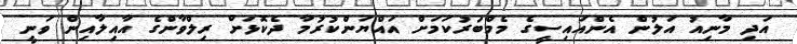
އަދި މާނިއު އަލުން އެންއައިސީގެ މެމްބަރުކަމަށް އައްޔަންކުރުމާ ދެކޮޅަށް ރިލްވާންގެ އާއިލާއިން ވަނީ